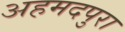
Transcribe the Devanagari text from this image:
अहमदपुरा